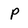
Character: P